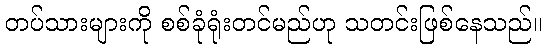
တပ်သားများကို စစ်ခုံရုံးတင်မည်ဟု သတင်းဖြစ်နေသည်။